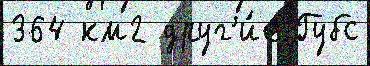
364 км2 друг'и́е Губс